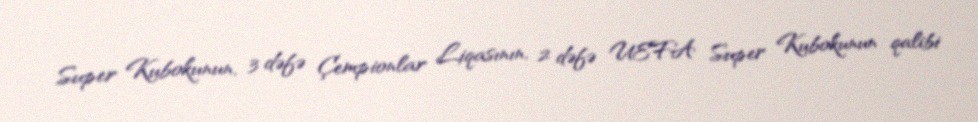
Super Kubokunun, 3 dəfə Çempionlar Liqasının, 2 dəfə UEFA Super Kubokunun qalibi